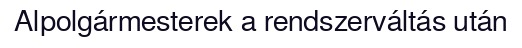
Alpolgármesterek a rendszerváltás után